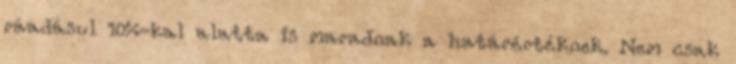
ráadásul 10%-kal alatta is maradnak a határértéknek. Nem csak